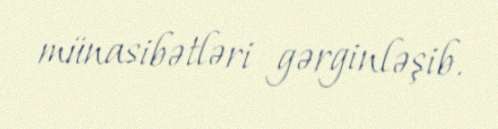
münasibətləri gərginləşib.